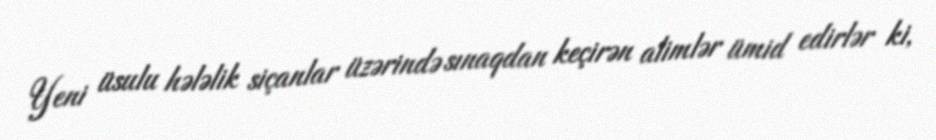
Yeni üsulu hələlik siçanlar üzərində sınaqdan keçirən alimlər ümid edirlər ki,